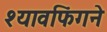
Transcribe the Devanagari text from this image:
श्यावफिंगने